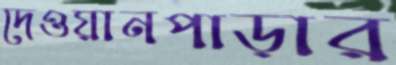
দেওয়ানপাড়ার